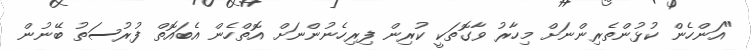
"އަންހެން ކުޅުންތެރިންނަށް މިހާރު ވާގޮތަކީ ކުރިން ފިރިހެނުންނަށް އޮތްހެން އެބައޮތް ފުރުސަތު ބޭނުން